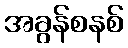
အခွန်စနစ်